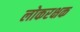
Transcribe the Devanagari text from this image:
लोकरक्षक